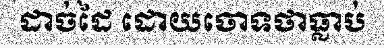
ដាច់ដៃ ដោយចោទថាធ្លាប់